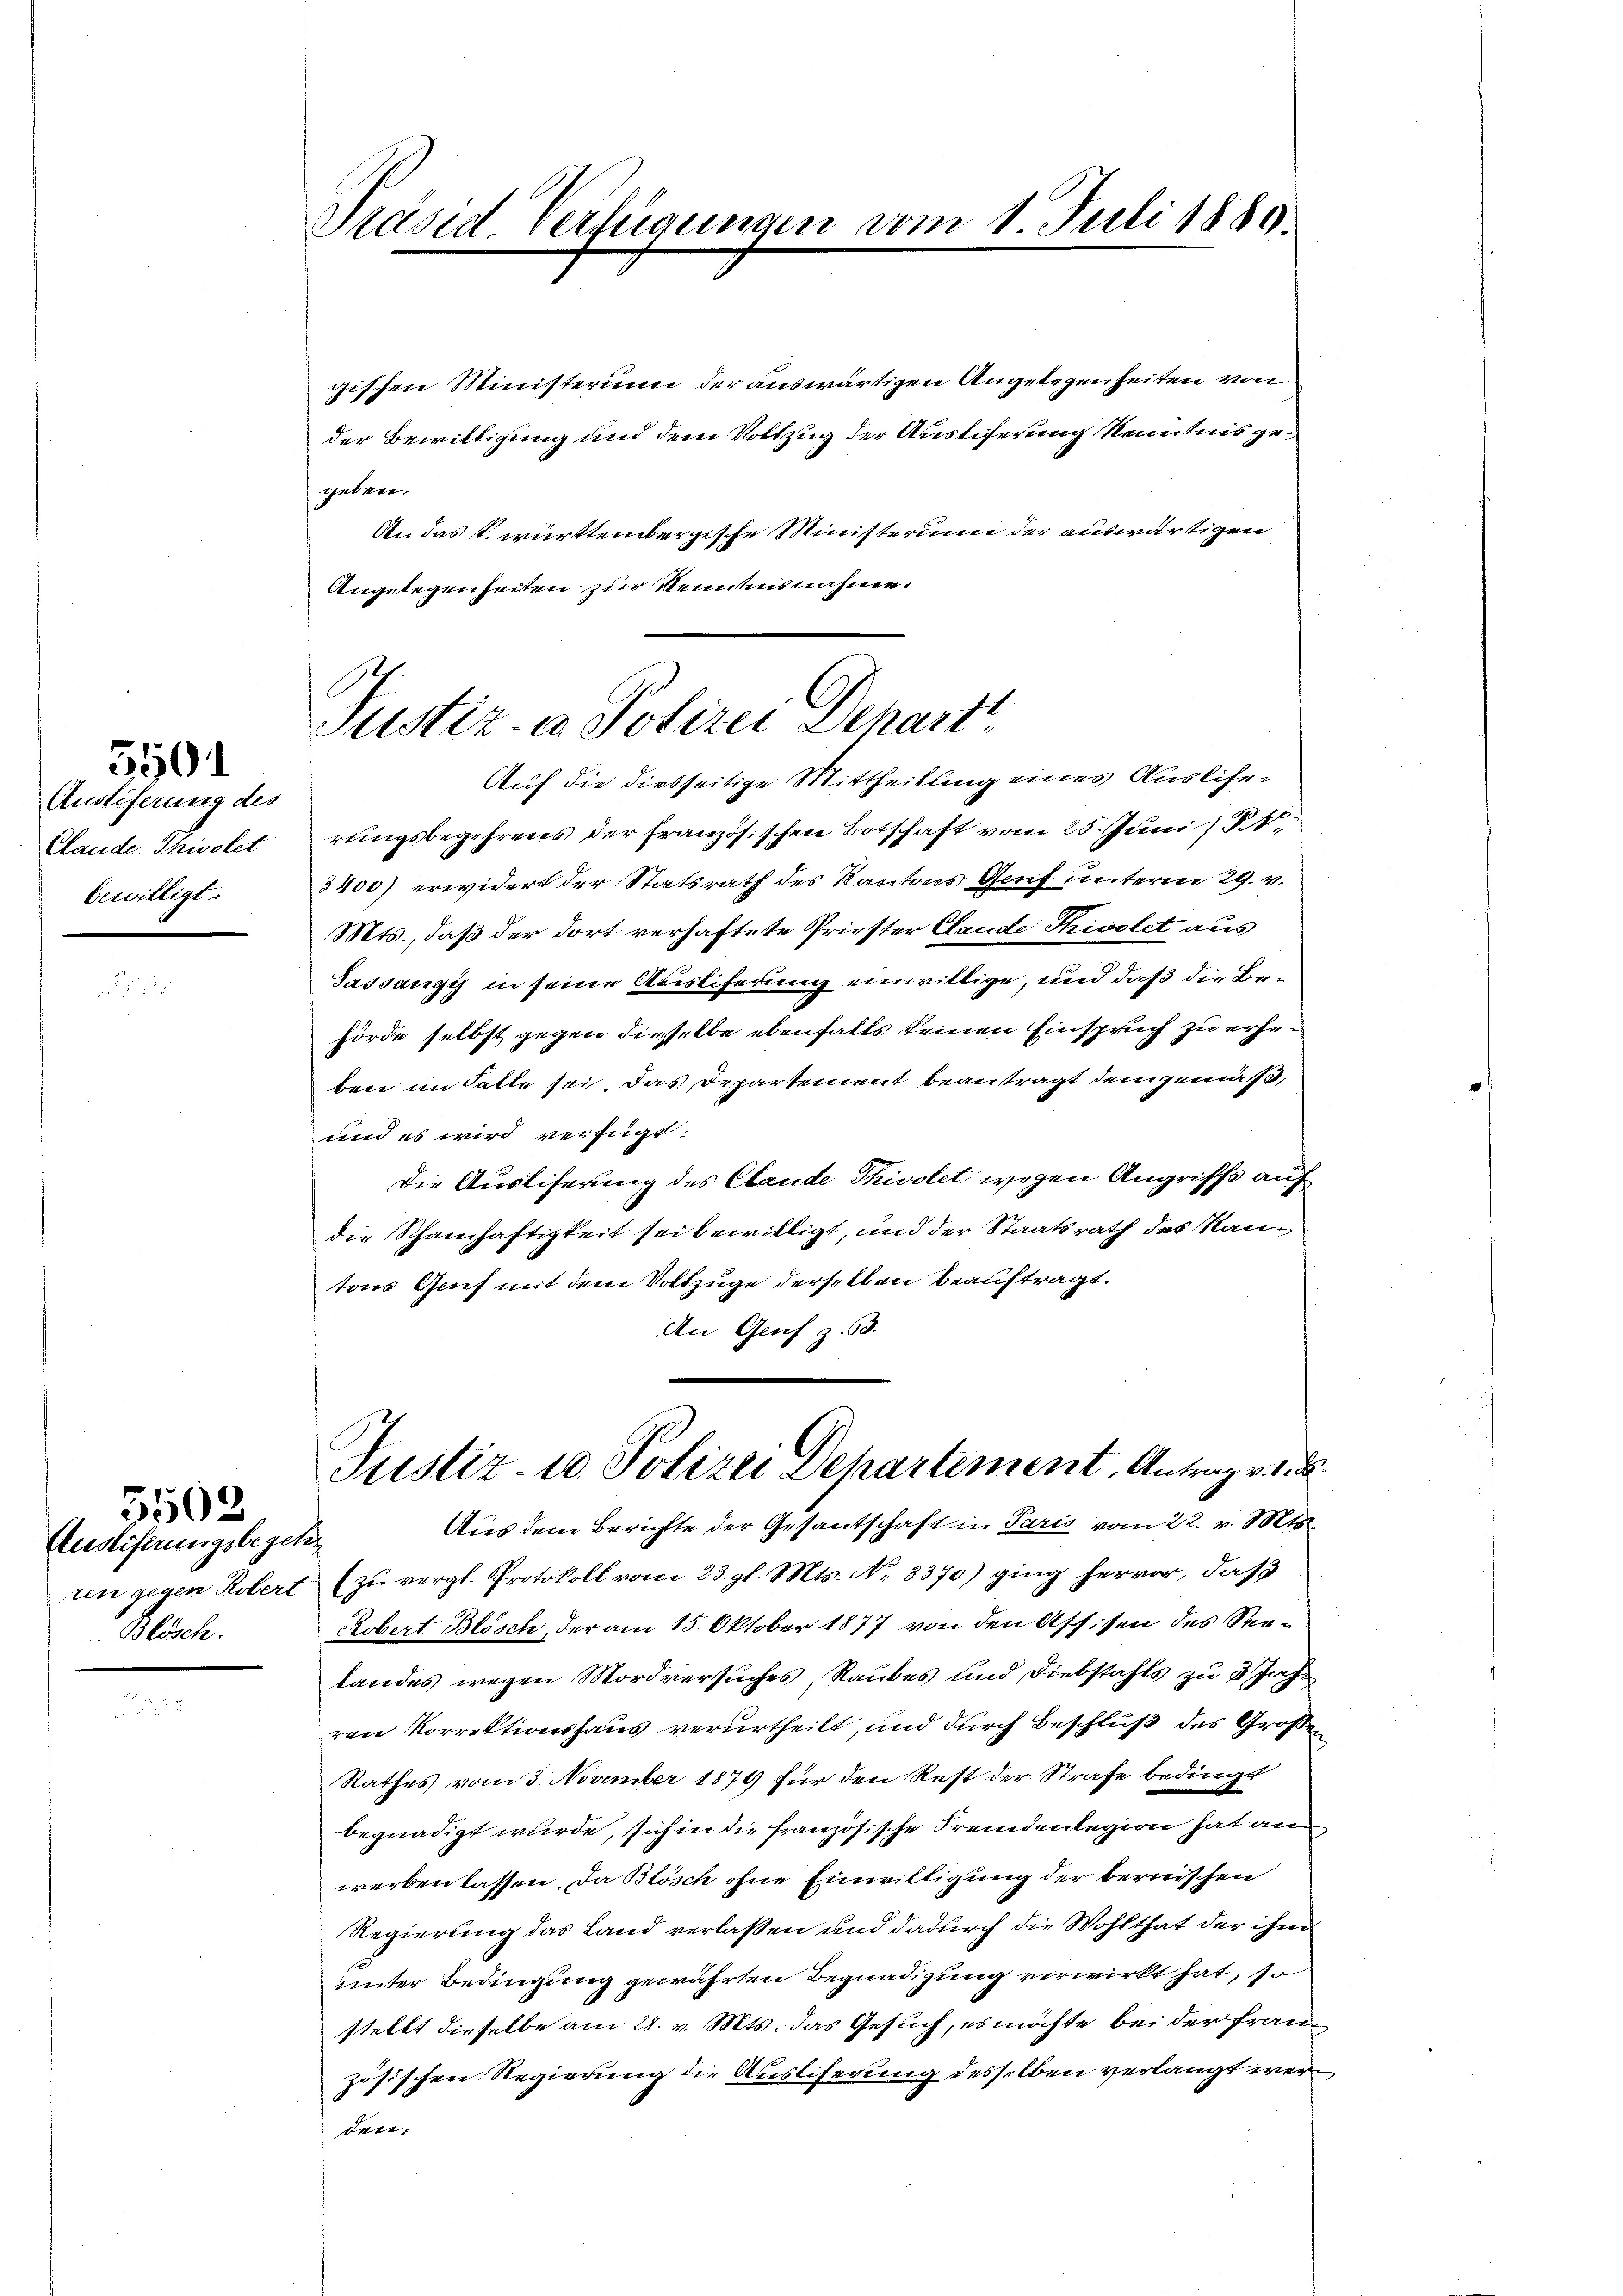
Austiferung des
Claude-Thivolet
bewilligt.

5501

gischen Ministerium der auswärtigen Angelegenheiten von
der Bewilligung und dem Vollzug der Austiferung Kenntnis gegeben.
An das k. württembergische Ministerium der auswärtigen
Angelegenheiten zur Kenntnisnahme.

Auslieferungsbegehr
Blach.

5502

Präsid Verfügungen vom 1. Juli 1880.

Justiz- & Polizei Depart

Auf die diesseitige Mittheilung eines Auslierungsbegehrens der Französischen Botschaft vom 25. Juni / M.
3400) erwidert der Statsrath des Kantons Genf unterm 29. v.
Mts., daß der dort verhaftete Priester Claude Thisolet aus
Sassauszy in seine Ausliferung einwillige, und daß die Behörde selbst gegen dieselbe ebenfalls keinen Einspruch zu erhei
ben im Falle sei. Das Departement beantragt dem gemäß,
und es wird verfügt.
Die Auslieferung des Claude Thivolet wegen Angriffe auf
die Schamhaftigkeit sei bewilligt, und der Staatsrath des Nam
tons Genf mit dem Vollzuge derselben beauftragt.
An Genf z. 63.

Justiz- u. Polizei Departement, Antrag v. d. d.
Aus dem Berichte der Gesantschaft in Paris vom 22. v. Mts.

ren gegen Kobert (zu vergl. Protokoll vom 23. gl. Mts. No. 3370) ging hervor, daß
Robert Blösch der am 15. Oktober 1877 von den Assisen des Seelandes wegen Mordversuches, Raubes und Diebstahls zu 3 Jahr
ren Korrektionshaus verurtheilt, und durch Beschluß des Großen
Rathes vom 3. November 1879 für den Rest der Strafe bedingt
begnadigt wurde, sich in die französische Fremdenlegion hat au
werben lassen, da Blösch ohne Einwilligung der bernischen
Regierung das Land verlaßen und dadurch die Wohlthat der ihm
unter Bedingung gewährten Begnadigung verwirkt hat, so
stellt dieselbe am 28. v. Mts. das Gesuch, es möchte bei der Frau
zösischen Regierung die Auslieferung desselben verlangt werden.